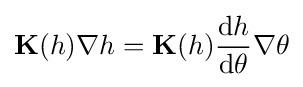
\mathbf {K} (h)\nabla h=\mathbf {K} (h){\frac {{\textrm {d}}h}{{\textrm {d}}\theta }}\nabla \theta